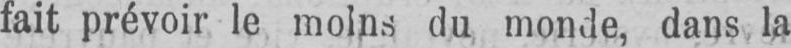
fait prévoir le moins du monde, dans la